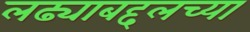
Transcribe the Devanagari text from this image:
लढ्याबद्दलच्या